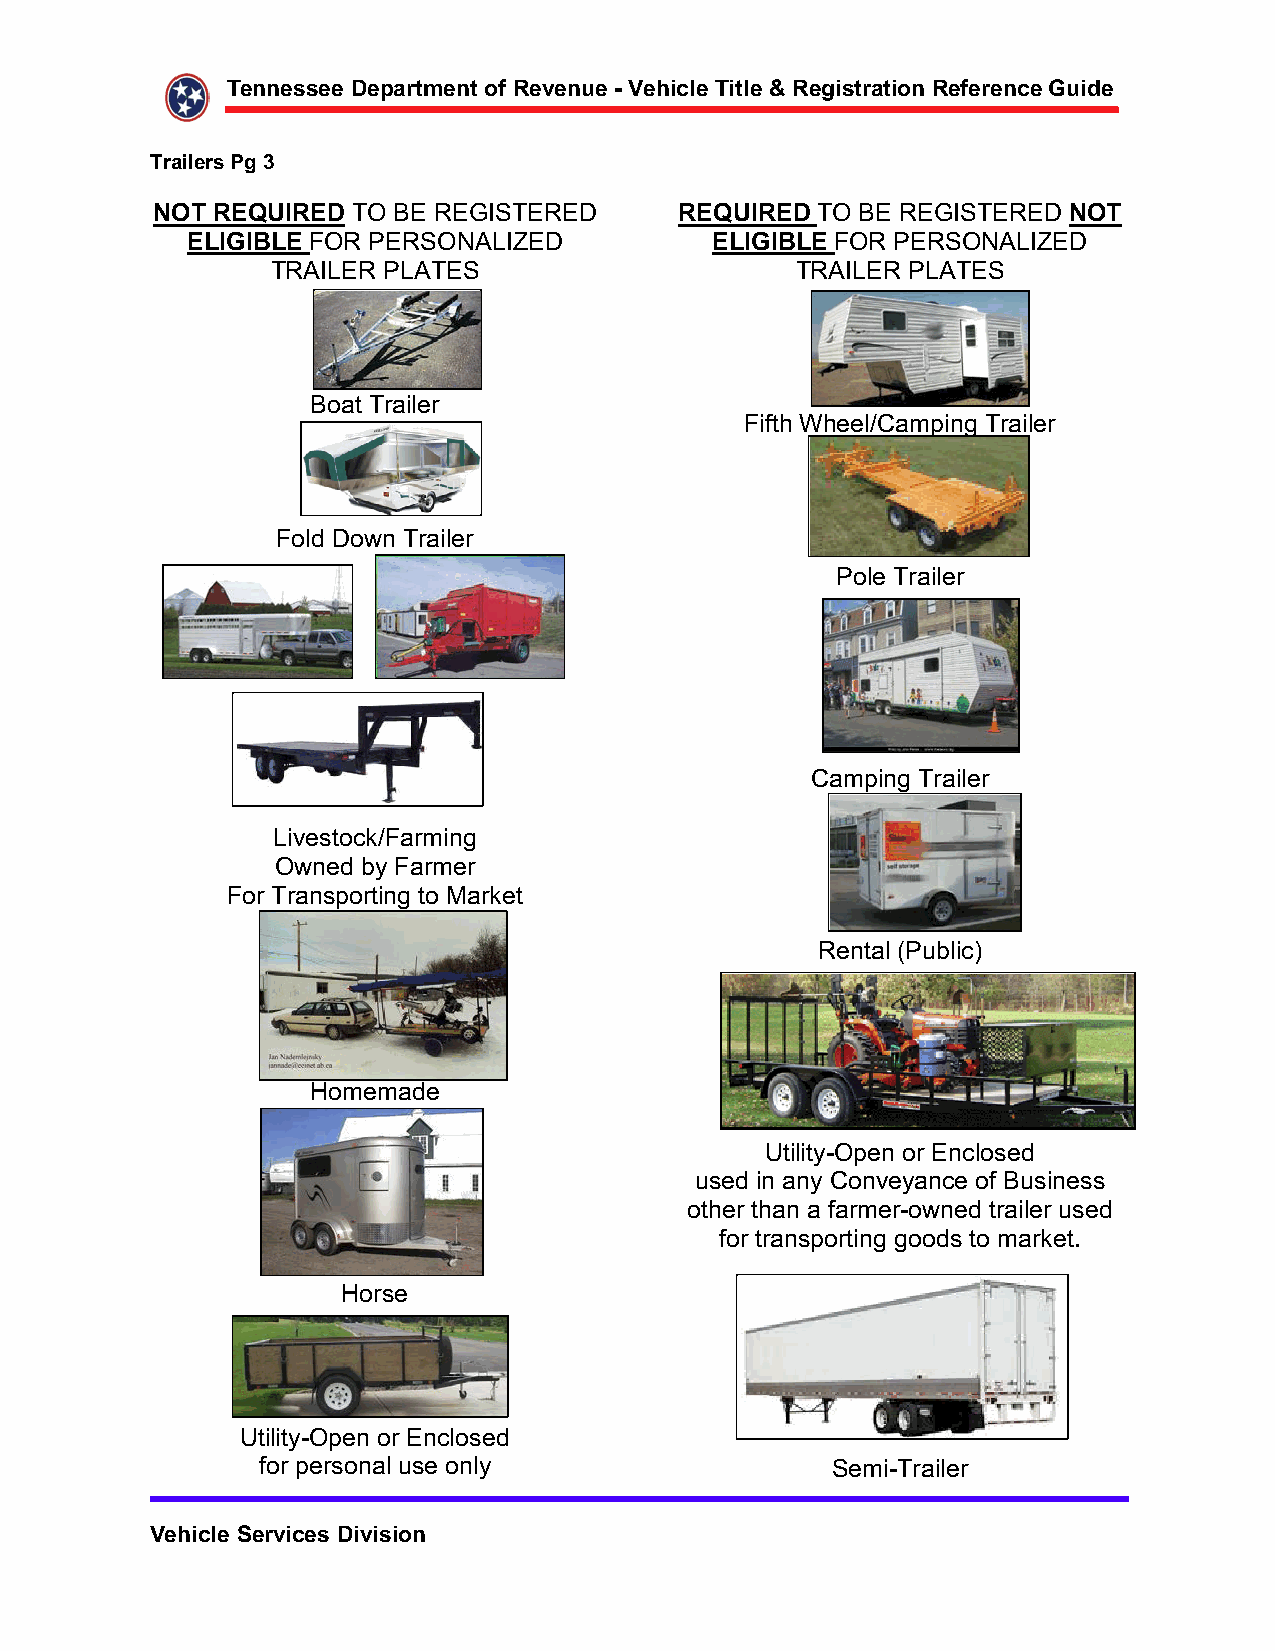
!""!##!!$%!&'()*!")$+,$-!.!"/!$0$1!2345!$ 3)5!$6$-!73#)(')3+"$-!,!(!"4!$8/39!$$$$$$$$$$$
 ('35!(#$S7$E$
 $
 TH  $->UF<->% TO BE REGISTERED     ->UF<->%$TO BE REGISTERED TH $
 >=<8<\=>$FOR PERSONALIZED          >=<8<\=>$FOR PERSONALIZED
 TRAILER PLATES                     TRAILER PLATES
 Boat Trailer
 Fifth Wheel/Camping Trailer
 Fold Down              Trailer
 Fold Down Trailer
 Pole Trailer
 Camping Trailer
 Livestock/Farming
 Owned by Farmer
 For Transporting to Market
 Rental (Public)
 Homemade
 Utility-Open or Enclosed
 used in any Conveyance of Business
 other than a farmer-owned trailer used
 for transporting goods to market.
 Horse
 Utility-Open or Enclosed
 for personal use only                 Semi-Trailer
 1!2345!$:!(.34!#$%3.3#3+"$    $